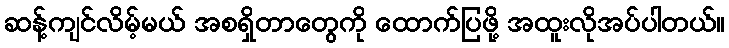
ဆန့်ကျင်လိမ့်မယ် အစရှိတာတွေကို ထောက်ပြဖို့ အထူးလိုအပ်ပါတယ်။